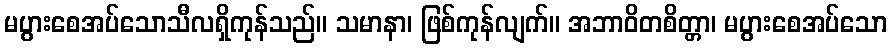
မပွားစေအပ်သောသီလရှိကုန်သည်။ သမာနာ၊ ဖြစ်ကုန်လျက်။ အဘာဝိတစိတ္တာ၊ မပွားစေအပ်သော